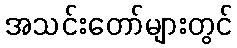
အသင်းတော်များတွင်